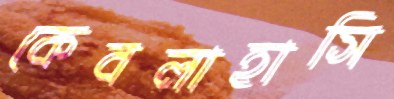
কেবলাহাসি